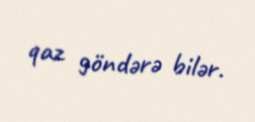
qaz göndərə bilər.